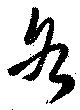
各